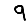
Digit: 9